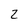
Character: 2